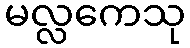
မလ္လကေသု